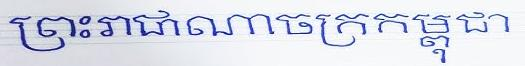
ព្រះរាជាណាចក្រកម្ពុជា